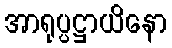
အာရုပ္ပဋ္ဌာယိနော